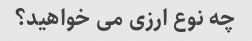
چه نوع ارزی می خواهید؟